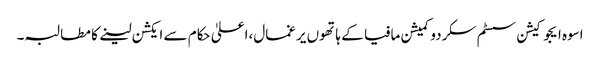
اسوہ ایجوکیشن سسٹم سکردو کمیشن مافیا کے ہاتھوں یرغمال،اعلیٰ حکام سے ایکشن لینے کا مطالبہ۔